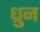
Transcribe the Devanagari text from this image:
ध्रुन